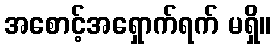
အစောင့်အရှောက်ရက် မရှိ။